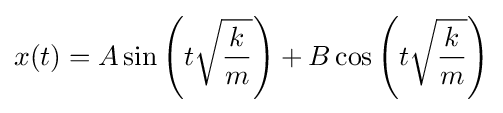
x(t)=A\sin \left(t{\sqrt {\frac {k}{m}}}\right)+B\cos \left(t{\sqrt {\frac {k}{m}}}\right)